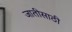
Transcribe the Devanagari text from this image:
जातीसाठी